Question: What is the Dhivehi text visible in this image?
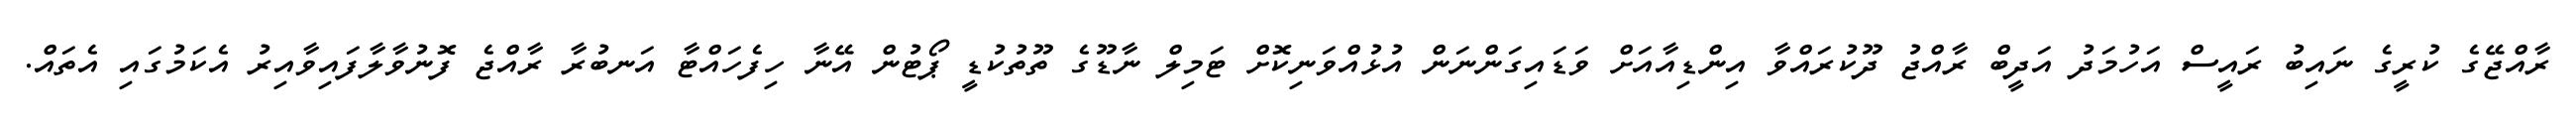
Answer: ރާއްޖޭގެ ކުރީގެ ނައިބު ރައީސް އަހުމަދު އަދީބް ރާއްޖު ދޫކުރައްވާ އިންޑިއާއަށް ވަޑައިގަންނަން އުޅުއްވަނިކޮށް ޓަމިލް ނާޑޫގެ ތޫތުކުޑީ ޕޯޓުން އޭނާ ހިފެހައްޓާ އަނބުރާ ރާއްޖެ ފޮނުވާލާފައިވާއިރު އެކަމުގައި އެތައް.